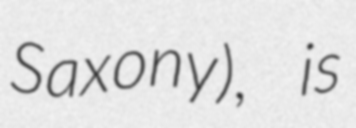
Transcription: Saxony), is